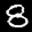
Label: 8